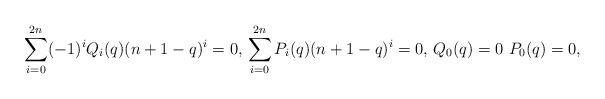
LaTeX: \begin{align*}\sum_{i=0}^{2n}(-1)^iQ_i(q)(n+1-q)^i=0,\, \sum_{i=0}^{2n}P_i(q)(n+1-q)^i=0,\, Q_0(q)=0\, \, P_0(q)=0,\end{align*}